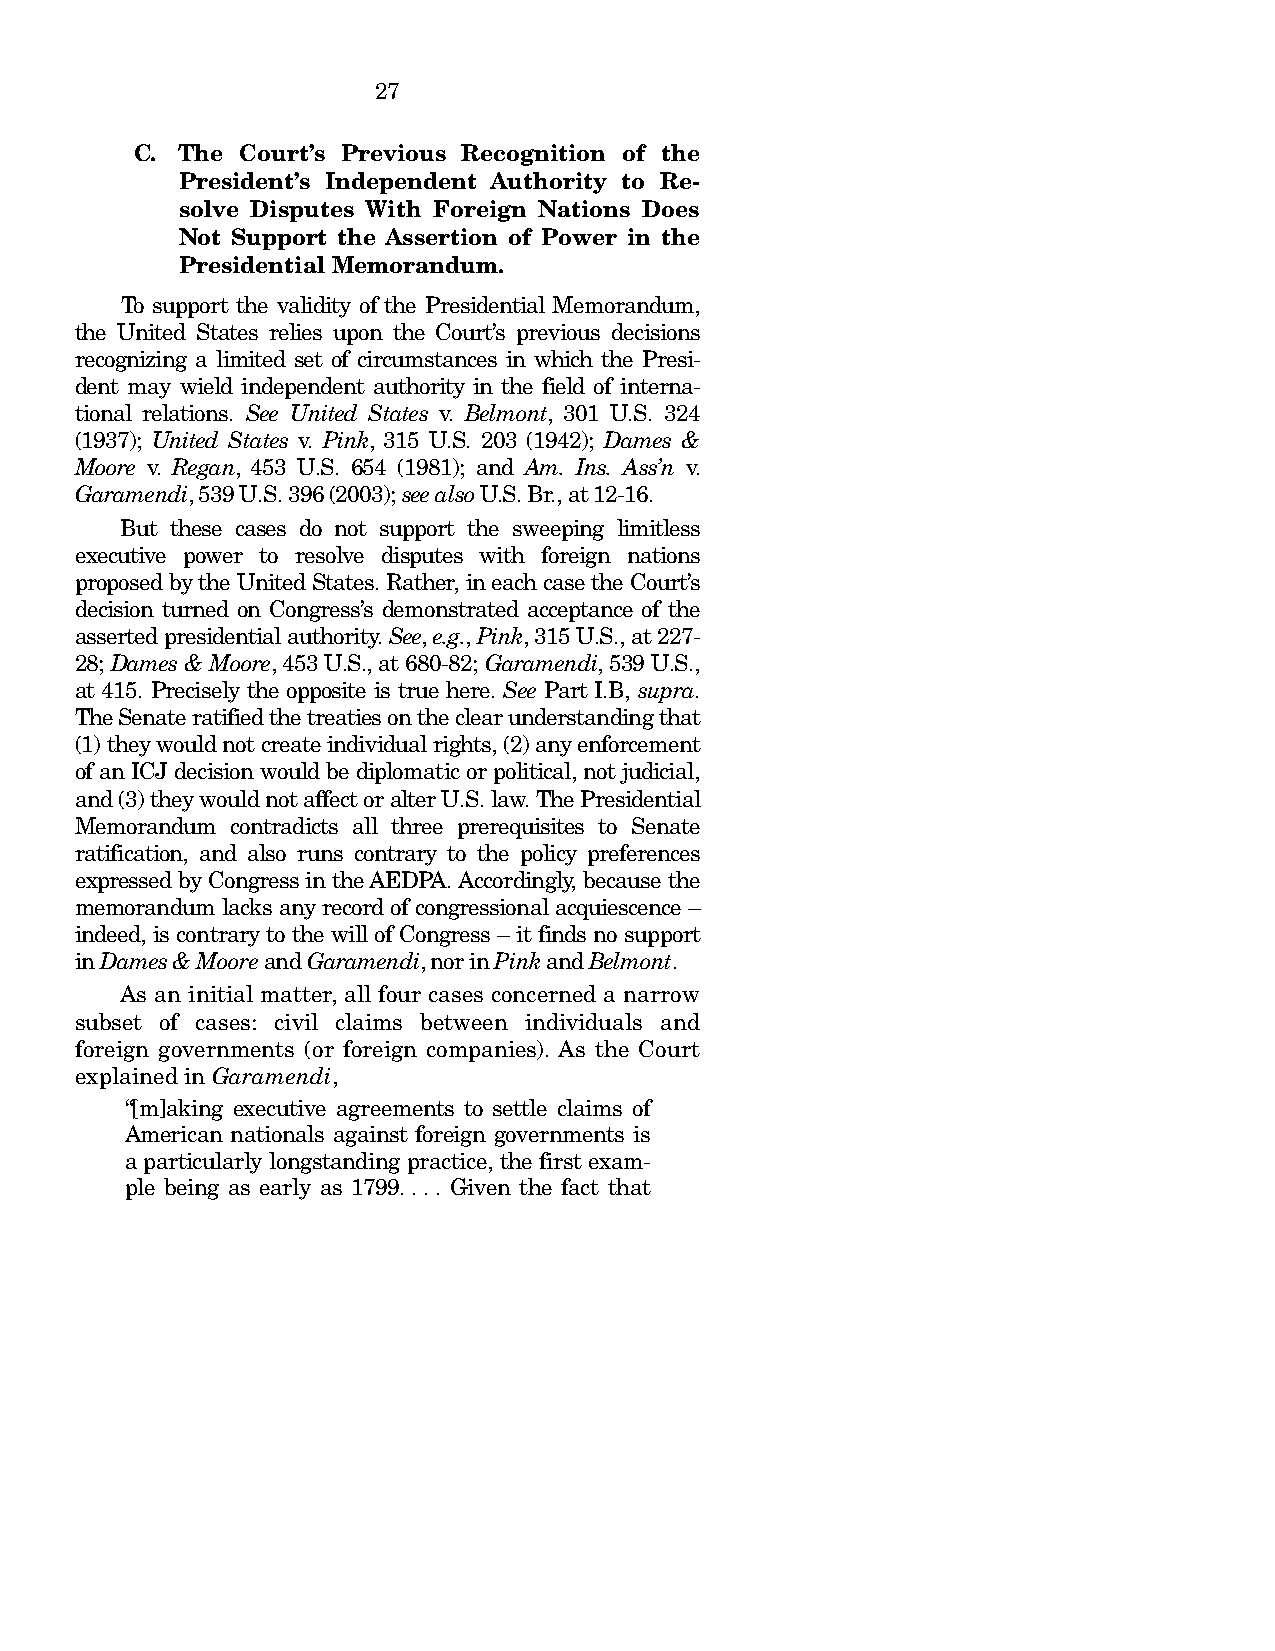
27
 C. The Court’s Previous Recognition of the
 President’s Independent Authority to Re-
 solve Disputes With Foreign Nations Does
 Not Support the Assertion of Power in the
 Presidential Memorandum.
 To support the validity of the Presidential Memorandum,
 the United States relies upon the Court’s previous decisions
 recognizing a limited set of circumstances in which the Presi-
 dent may wield independent authority in the field of interna-
 tional relations. See United States v. Belmont, 301 U.S. 324
 (1937); United States v. Pink, 315 U.S. 203 (1942); Dames &
 Moore v. Regan, 453 U.S. 654 (1981); and Am. Ins. Ass’n v.
 Garamendi, 539 U.S. 396 (2003); see also U.S. Br., at 12-16.
 But these cases do not support the sweeping limitless
 executive power to resolve disputes with foreign nations
 proposed by the United States. Rather, in each case the Court’s
 decision turned on Congress’s demonstrated acceptance of the
 asserted presidential authority. See, e.g., Pink, 315 U.S., at 227-
 28; Dames & Moore, 453 U.S., at 680-82; Garamendi, 539 U.S.,
 at 415. Precisely the opposite is true here. See Part I.B, supra.
 The Senate ratified the treaties on the clear understanding that
 (1) they would not create individual rights, (2) any enforcement
 of an ICJ decision would be diplomatic or political, not judicial,
 and (3) they would not affect or alter U.S. law. The Presidential
 Memorandum contradicts all three prerequisites to Senate
 ratification, and also runs contrary to the policy preferences
 expressed by Congress in the AEDPA. Accordingly, because the
 memorandum lacks any record of congressional acquiescence –
 indeed, is contrary to the will of Congress – it finds no support
 in Dames & Moore and Garamendi, nor in Pink and Belmont.
 As an initial matter, all four cases concerned a narrow
 subset of cases: civil claims between individuals and
 foreign governments (or foreign companies). As the Court
 explained in Garamendi,
 “[m]aking executive agreements to settle claims of
 American nationals against foreign governments is
 a particularly longstanding practice, the first exam-
 ple being as early as 1799. . . . Given the fact that